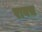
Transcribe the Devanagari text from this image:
रावच